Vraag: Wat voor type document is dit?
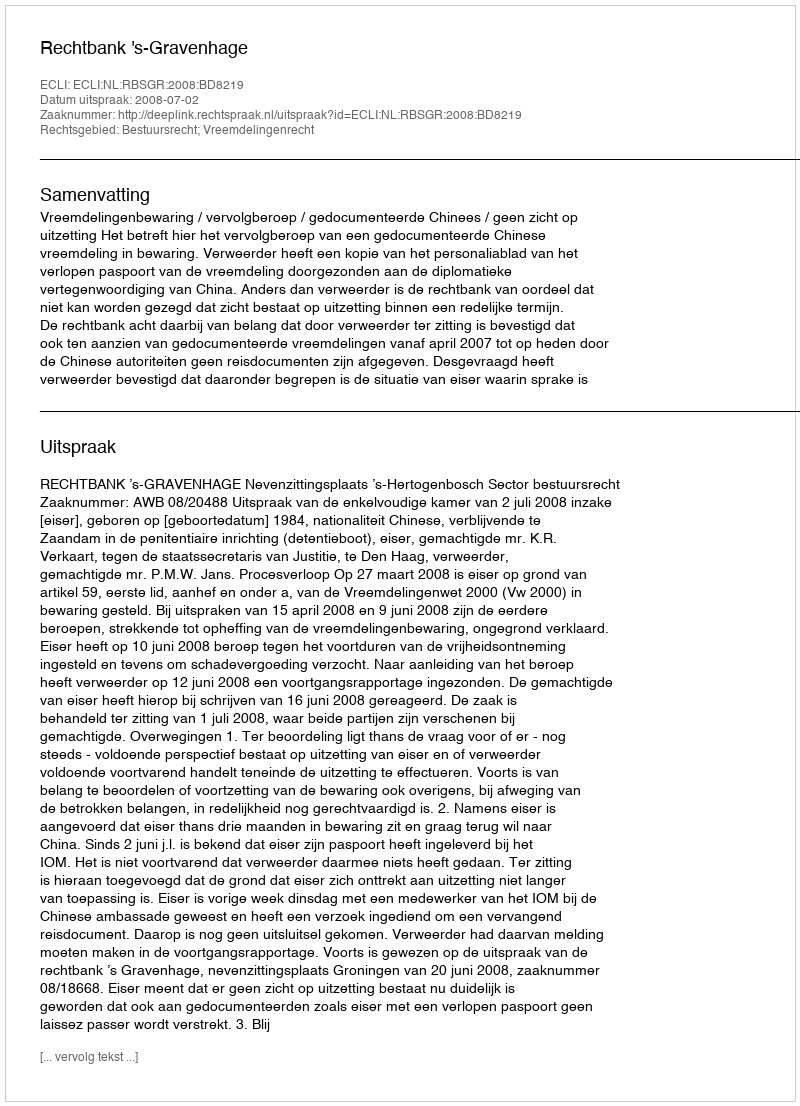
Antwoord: Uitspraak